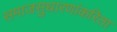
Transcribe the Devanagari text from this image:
समाजसुधारणांकरिता